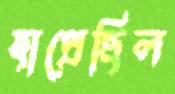
হাপ্‌রেছিল